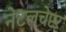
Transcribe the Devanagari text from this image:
नेटलचेप्टर